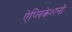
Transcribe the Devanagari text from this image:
ऐप्लिकेशनों